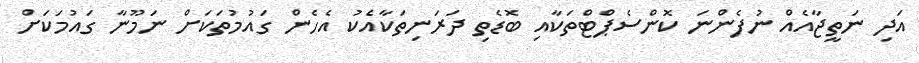
އަދި ނަތީޖާއެއް ނުފެންނަ ކޮންސެޕްޓްތަކާއި ބޮޑެތި ދަރަނިތަކާއެކު އެހެން ގައުމުތަކަށް ނަމޫނާ ގައުމަކަށް